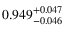
0 . 9 4 9 _ { - 0 . 0 4 6 } ^ { + 0 . 0 4 7 }